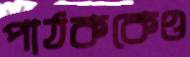
পাঠককেও